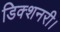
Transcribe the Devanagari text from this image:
डिक्शनरी।